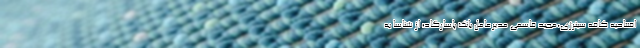
افتتاحیه کافه سینرژی،مجید قاسمی مدیرعامل بانک پاسارگاد؛ از شناسا به